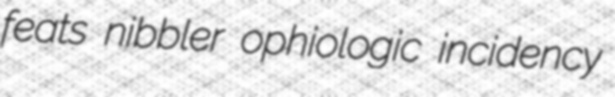
feats nibbler ophiologic incidency